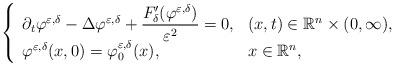
LaTeX: \begin{align*}\left\{ \begin{array}{ll}\partial _t \varphi ^{\varepsilon,\delta} -\Delta \varphi ^{\varepsilon,\delta} +\dfrac{F'_\delta (\varphi ^{\varepsilon,\delta})}{\varepsilon ^2}=0,& (x,t)\in \mathbb{R}^n \times (0,\infty), \\\varphi ^{\varepsilon,\delta} (x,0) = \varphi _0 ^{\varepsilon,\delta} (x) , &x\in \mathbb{R}^n,\end{array} \right.\end{align*}